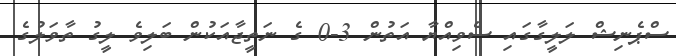
ސްޕެނިޝް ލަލީގާގައި ސެވިއްޔާ އަތުން 3-0 ގެ ނަތީޖާއަކުން ބަލިވެ ލީގު ތާވަލުގެ